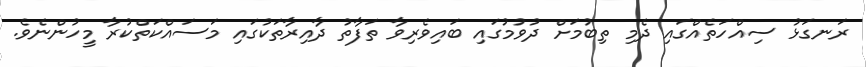
ރަނގަޅު ސިއްހަތެއްގައި ދެމި ތިބުމަށް ދުވުމުގައި ބައިވެރިވާ ތަފާތު ދާއިރާތަކުގައި މަސައްކަތްކުރާ މީހުންނެވެ.